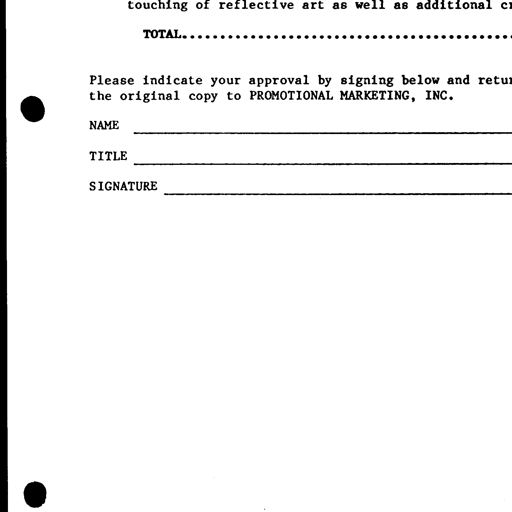
touching of reflective art as well as additional c
TOTAL..................................................
Please indicate your approval by signing below and retu
the original copy to PROMOTIONAL MARKETING, INC.
NAME
TITLE
SIGNATURE